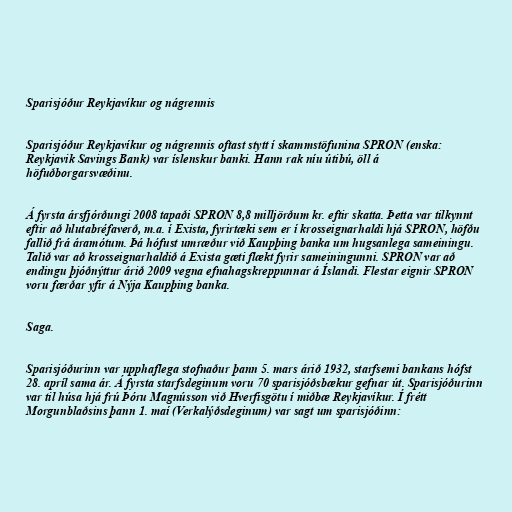
Sparisjóður Reykjavíkur og nágrennis

Sparisjóður Reykjavíkur og nágrennis oftast stytt í skammstöfunina SPRON (enska:
Reykjavik Savings Bank) var íslenskur banki. Hann rak níu útibú, öll á
höfuðborgarsvæðinu.

Á fyrsta ársfjórðungi 2008 tapaði SPRON 8,8 milljörðum kr. eftir skatta. Þetta var tilkynnt
eftir að hlutabréfaverð, m.a. í Exista, fyrirtæki sem er í krosseignarhaldi hjá SPRON, höfðu
fallið frá áramótum. Þá hófust umræður við Kaupþing banka um hugsanlega sameiningu.
Talið var að krosseignarhaldið á Exista gæti flækt fyrir sameiningunni. SPRON var að
endingu þjóðnýttur árið 2009 vegna efnahagskreppunnar á Íslandi. Flestar eignir SPRON
voru færðar yfir á Nýja Kaupþing banka.

Saga.

Sparisjóðurinn var upphaflega stofnaður þann 5. mars árið 1932, starfsemi bankans hófst
28. apríl sama ár. Á fyrsta starfsdeginum voru 70 sparisjóðsbækur gefnar út. Sparisjóðurinn
var til húsa hjá frú Þóru Magnússon við Hverfisgötu í miðbæ Reykjavíkur. Í frétt
Morgunblaðsins þann 1. maí (Verkalýðsdeginum) var sagt um sparisjóðinn: